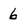
Character: 6